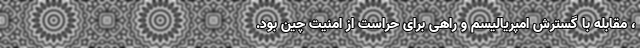
، مقابله‌ با گسترش امپریالیسم و راهی برای حراست از امنیت چین بود.